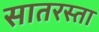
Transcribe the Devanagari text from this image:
सातरस्ता